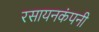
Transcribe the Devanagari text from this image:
रसायनकंपनी